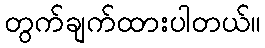
တွက်ချက်ထားပါတယ်။